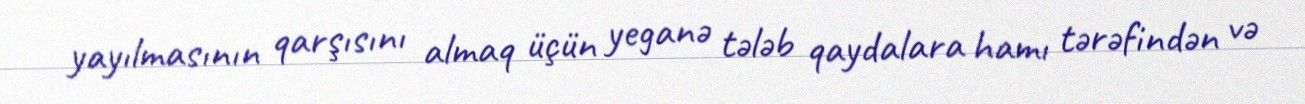
yayılmasının qarşısını almaq üçün yeganə tələb qaydalara hamı tərəfindən və